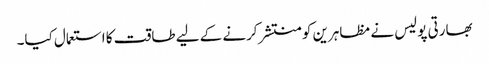
بھارتی پولیس نے مظاہرین کو منتشر کرنے کے لیے طاقت کا استعمال کیا۔